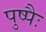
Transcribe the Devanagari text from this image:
पुष्पैः